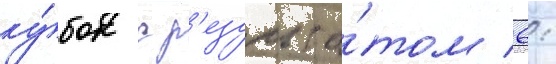
ку́бок с р'езульта́том 6: